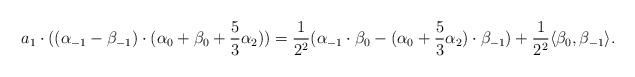
LaTeX: \begin{align*}a_1 \cdot ((\alpha_{-1} - \beta_{-1}) \cdot (\alpha_0 + \beta_0 + \frac{5}{3} \alpha_2)) = \frac{1}{2^2}(\alpha_{-1} \cdot \beta_0 - (\alpha_0 + \frac{5}{3}\alpha_2) \cdot \beta_{-1}) + \frac{1}{2^2} \langle \beta_0, \beta_{-1} \rangle .\end{align*}